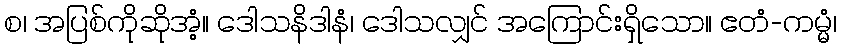
စ၊ အပြစ်ကိုဆိုအံ့။ ဒေါသနိဒါနံ၊ ဒေါသလျှင် အကြောင်းရှိသော။ ဧတံ-ကမ္မံ၊